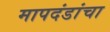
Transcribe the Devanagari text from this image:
मापदंडांचा